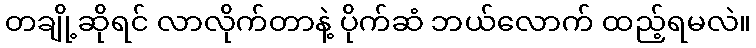
တချို့ဆိုရင် လာလိုက်တာနဲ့ ပိုက်ဆံ ဘယ်လောက် ထည့်ရမလဲ။